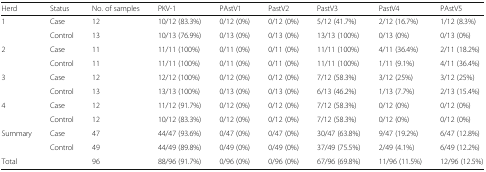
<table><thead><tr><td><b>Herd</b></td><td><b>Status</b></td><td><b>No. of samples</b></td><td><b>PKV-1</b></td><td><b>PAstV1</b></td><td><b>PastV2</b></td><td><b>PastV3</b></td><td><b>PastV4</b></td><td><b>PAstV5</b></td></tr></thead><tbody><tr><td rowspan="2">1</td><td>Case</td><td>12</td><td>10/12 (83.3%)</td><td>0/12 (0%)</td><td>0/12 (0%)</td><td>5/12 (41.7%)</td><td>2/12 (16.7%)</td><td>1/12 (8.3%)</td></tr><tr><td>Control</td><td>13</td><td>10/13 (76.9%)</td><td>0/13 (0%)</td><td>0/13 (0%)</td><td>13/13 (100%)</td><td>0/13 (0%)</td><td>0/13 (0%)</td></tr><tr><td rowspan="2">2</td><td>Case</td><td>11</td><td>11/11 (100%)</td><td>0/11 (0%)</td><td>0/11 (0%)</td><td>11/11 (100%)</td><td>4/11 (36.4%)</td><td>2/11 (18.2%)</td></tr><tr><td>Control</td><td>11</td><td>11/11 (100%)</td><td>0/11 (0%)</td><td>0/11 (0%)</td><td>11/11 (100%)</td><td>1/11 (9.1%)</td><td>4/11 (36.4%)</td></tr><tr><td rowspan="2">3</td><td>Case</td><td>12</td><td>12/12 (100%)</td><td>0/12 (0%)</td><td>0/12 (0%)</td><td>7/12 (58.3%)</td><td>3/12 (25%)</td><td>3/12 (25%)</td></tr><tr><td>Control</td><td>13</td><td>13/13 (100%)</td><td>0/13 (0%)</td><td>0/13 (0%)</td><td>6/13 (46.2%)</td><td>1/13 (7.7%)</td><td>2/13 (15.4%)</td></tr><tr><td rowspan="2">4</td><td>Case</td><td>12</td><td>11/12 (91.7%)</td><td>0/12 (0%)</td><td>0/12 (0%)</td><td>7/12 (58.3%)</td><td>0/12 (0%)</td><td>0/12 (0%)</td></tr><tr><td>Control</td><td>12</td><td>10/12 (83.3%)</td><td>0/12 (0%)</td><td>0/12 (0%)</td><td>7/12 (58.3%)</td><td>0/12 (0%)</td><td>0/12 (0%)</td></tr><tr><td rowspan="2">Summary</td><td>Case</td><td>47</td><td>44/47 (93.6%)</td><td>0/47 (0%)</td><td>0/47 (0%)</td><td>30/47 (63.8%)</td><td>9/47 (19.2%)</td><td>6/47 (12.8%)</td></tr><tr><td>Control</td><td>49</td><td>44/49 (89.8%)</td><td>0/49 (0%)</td><td>0/49 (0%)</td><td>37/49 (75.5%)</td><td>2/49 (4.1%)</td><td>6/49 (12.2%)</td></tr><tr><td>Total</td><td></td><td>96</td><td>88/96 (91.7%)</td><td>0/96 (0%)</td><td>0/96 (0%)</td><td>67/96 (69.8%)</td><td>11/96 (11.5%)</td><td>12/96 (12.5%)</td></tr></tbody></table>